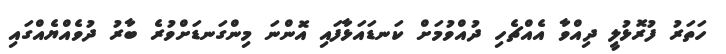
ހަތަރު ފުރޮޅުލީ ދިއްވާ އެއްޗެހި ދުއްވުމަށް ކަނޑައަޅާފައި އޮންނަ މިންގަނޑަށްވުރެ ބާރު ދުވެއްޔެއްގައި